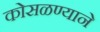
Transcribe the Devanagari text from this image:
कोसळण्याने